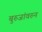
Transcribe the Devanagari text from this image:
बुरुजांवरुन